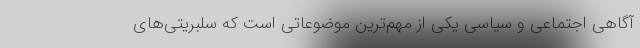
آگاهی اجتماعی و سیاسی یکی از مهم‌ترین موضوعاتی است که سلبریتی‌های